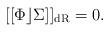
LaTeX: \begin{gather*}[[\Phi \rfloor \Sigma]]_{\rm dR}=0 .\end{gather*}